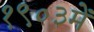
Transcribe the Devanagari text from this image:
१९०३में